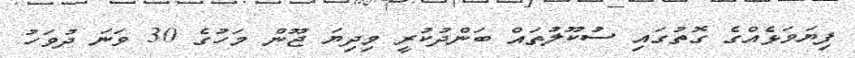
ފިޔަވަޅެއްގެ ގޮތުގައި ސުކޫލުތައް ބަންދުކުރީ މިދިޔަ ޖޫން މަހުގެ 30 ވަނަ ދުވަހު